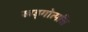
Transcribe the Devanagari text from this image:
खड्गोत्पत्ति